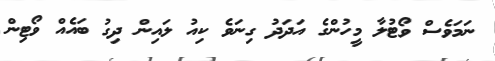
ނަމަވެސް ވޯޓުލާ މީހުންގެ އަދަދު ގިނަވެ ކިއު ލައިން ދިގު ބައެއް ވޯޓިން